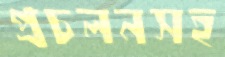
প্রচলনসহ